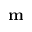
\mathbf { m }